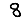
Digit: 8